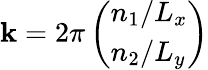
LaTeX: \boldsymbol{\mathbf{k}}=2\pi\left(\begin{array}{l}{n_{1}/L_{x}}\\ {n_{2}/L_{y}}\end{array}\right)